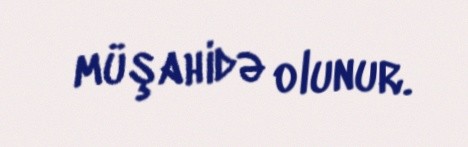
müşahidə olunur.